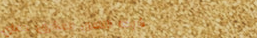
شركة التأمين المشرق: حماي